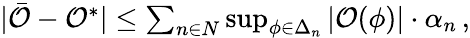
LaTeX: \begin{array}{r}{\vert\bar{\mathcal{O}}-\mathcal{O}^{*}\vert\leq\sum_{n\in N}\operatorname*{sup}_{\phi\in\Delta_{n}}\vert\mathcal{O}(\phi)\vert\cdot\alpha_{n}\, ,}\end{array}